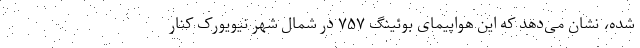
شده، نشان می‌دهد که این هواپیمای بوئینگ ۷۵۷ در شمال شهر نیویورک کنار